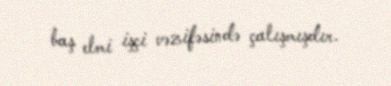
baş elmi işçi vəzifəsində çalışmışdır.